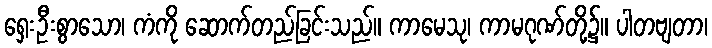
ရှေးဦးစွာသော၊ ကံကို ဆောက်တည်ခြင်းသည်။ ကာမေသု၊ ကာမဂုဏ်တို့၌။ ပါတဗျတာ၊